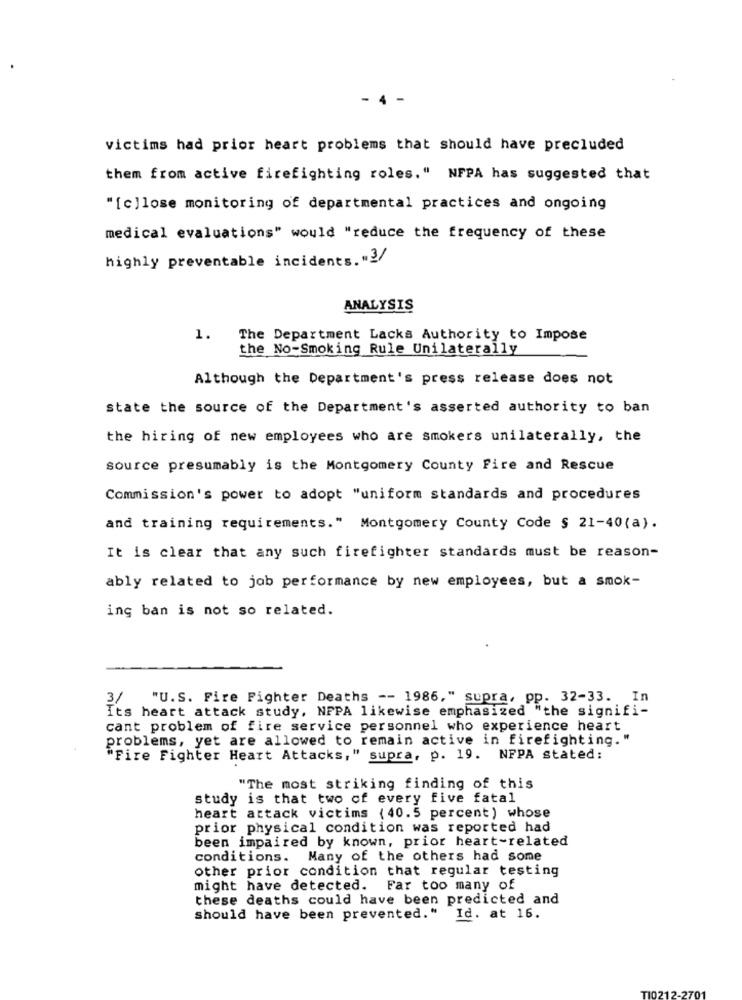
- 4 -
victims had prior heart problems that should have precluded
them from active firefighting roles." NFPA has suggested that
"[c]lose monitoring of departmental practices and ongoing
medical evaluations" would "reduce the frequency of these
highly preventable incidents."3/
ANALYSIS
1.
The Department Lacks Authority to Impose
the No-Smoking Rule Unilaterally
Although the Department's press release does not
state the source of the Department's asserted authority to ban
the hiring of new employees who are smokers unilaterally, the
source presumably is the Montgomery County Fire and Rescue
Commission's power to adopt "uniform standards and procedures
and training requirements." Montgomery County Code § 21-40(a).
It is clear that any such firefighter standards must be reason-
ably related to job performance by new employees, but a smok-
ing ban is not so related.
3/ "U.S. Fire Fighter Deaths -- 1986," supra, pp. 32-33. In
Its heart attack study, NFPA likewise emphasized "the signifi-
cant problem of fire service personnel who experience heart
problems, yet are allowed to remain active in firefighting."
"Fire Fighter Heart Attacks," supra, p. 19. NFPA stated:
"The most striking finding of this
study is that two of every five fatal
heart attack victims (40.5 percent) whose
prior physical condition was reported had
been impaired by known, prior heart-related
conditions. Many of the others had some
other prior condition that regular testing
might have detected. Far too many of
these deaths could have been predicted and
should have been prevented." Id. at 16.